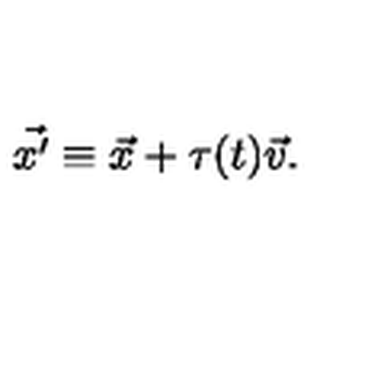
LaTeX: \vec { x ^ { \prime } } \equiv \vec { x } + \tau ( t ) \vec { v } .